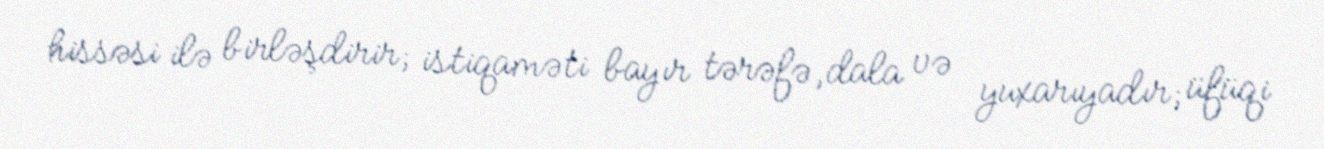
hissəsi ilə birləşdirir; istiqaməti bayır tərəfə, dala və yuxarıyadır; üfüqi